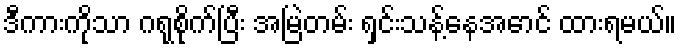
ဒီကားကိုသာ ဂရုစိုက်ပြီး အမြဲတမ်း ရှင်းသန့်နေအောင် ထားရမယ်။